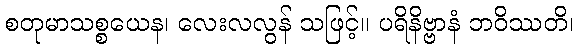
စတုမာသစ္စယေန၊ လေးလလွန် သဖြင့်။ ပရိနိဗ္ဗာနံ ဘဝိဿတိ၊